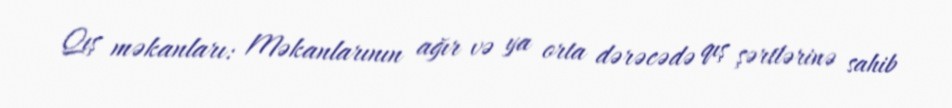
Qış məkanları: Məkanlarının ağır və ya orta dərəcədə qış şərtlərinə sahib